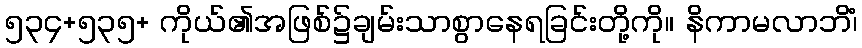
၅၃၄+၅၃၅+ ကိုယ်၏အဖြစ်၌ချမ်းသာစွာနေရခြင်းတို့ကို။ နိကာမလာဘိံ၊